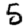
Digit: 5